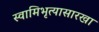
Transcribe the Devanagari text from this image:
स्वामिभृत्यासारखा